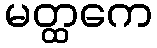
မတ္ထကေ